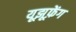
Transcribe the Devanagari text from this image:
यूझूफ़ेंग